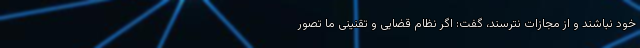
خود نباشند و از مجازات نترسند، گفت: اگر نظام قضایی و تقنینی ما تصور